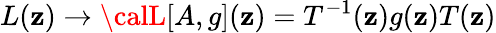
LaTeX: L(\mathbf{z})\rightarrow{\calL}[A,g](\mathbf{z})=T^{-1}(\mathbf{z})g(\mathbf{z})T(\mathbf{z})